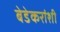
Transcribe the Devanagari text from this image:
बेडेकरांशी